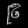
Digit: ၉